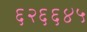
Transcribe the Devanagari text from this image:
६२६६४५